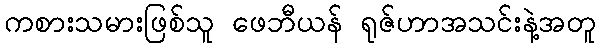
ကစားသမားဖြစ်သူ ဖေဘီယန် ရုဇ်ဟာအသင်းနဲ့အတူ